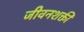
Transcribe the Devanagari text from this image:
जीवनशक्ती